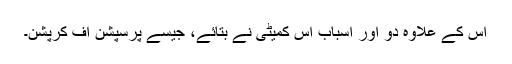
اس کے علاوہ دو اور اسباب اس کمیٹی نے بتائے، جیسے پرسپشن آف کرپشن۔